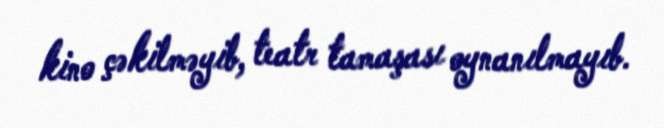
kino çəkilməyib, teatr tamaşası oynanılmayıb.